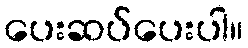
ပေးဆပ်ပေးပါ။